Civil Veterinary Dept. Bombay admin report 1914-1922 - 1914-1922
Year: 1914
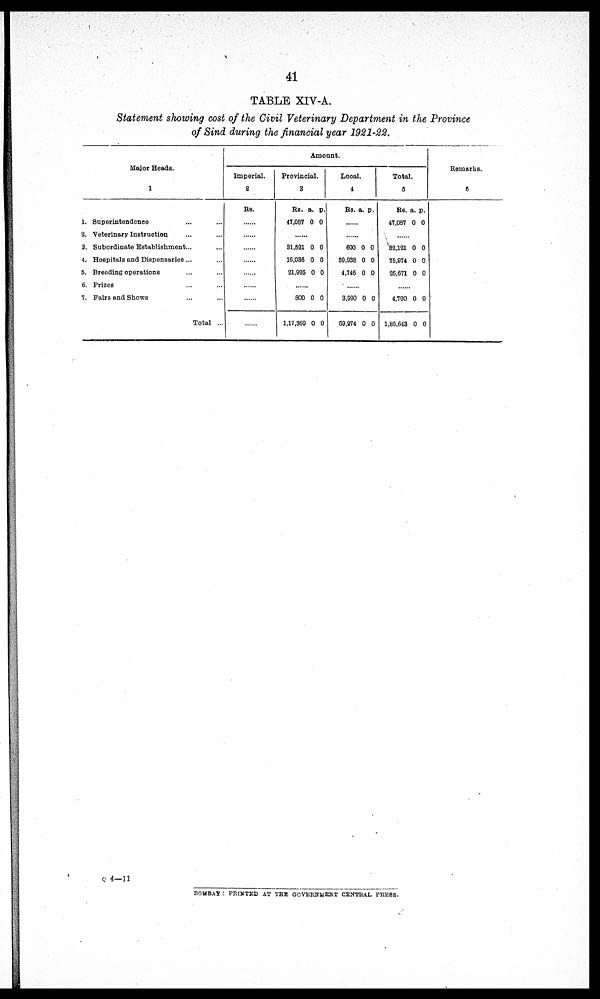
41
TABLE XIV-A.
Statement showing cost of the Civil Veterinary Department in the Province
of Sind during the financial year 1921-22.
Major Heads.
1
1. Superintendence ... ...
2. Veterinary Instruction ... ...
3. Subordinate Establishment ... ...
4. Hospitals and Dispensaries ... ...
5. Breeding operations ... ...
6. Prizes ... ...
7. Fairs and Shows ... ...
Total ...
Amount.
Imperial.
2
Rs.
......
......
......
......
......
......
......
......
Provincial.
3
Rs.
47,087
a.
0
p.
0
......
31,521
16,036
21,925
0
0
0
0
0
0
......
800
1,17,369
0
0
0
0
Local.
4
Rs. a. p.
......
......
600
59,938
4,746
0
0
0
0
0
0
......
3,990
69,274
0
0
0
0
Total.
5
Rs.
47,087
a. p
0
.
0
......
32,121
75,974
26,671
0
0
0
0
0
0
......
4,790
1,86,643
0
0
0
0
Remarks.
6
Q 4—11
BOMBAY : PRINTED AT THE GOVERNMENT CENTRAL PRESS.